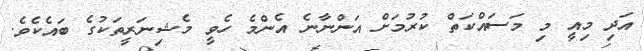
އަދި މިއީ މި މަސައްކަތް ކުރުމަށް އަންނާނެ އެންމެ ހެވީ މެޝިނަރީތަކުގެ ބައެކެވެ.